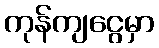
ကုန်ကျငွေမှာ